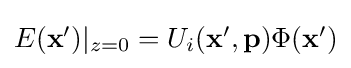
{\textstyle E(\mathbf {x} ')|_{z=0}=U_{i}(\mathbf {x} ',\mathbf {p} )\Phi (\mathbf {x} ')}